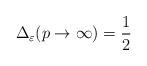
LaTeX: \begin{align*}\Delta_{\varepsilon}(p\rightarrow\infty)=\frac{1}{2}\end{align*}